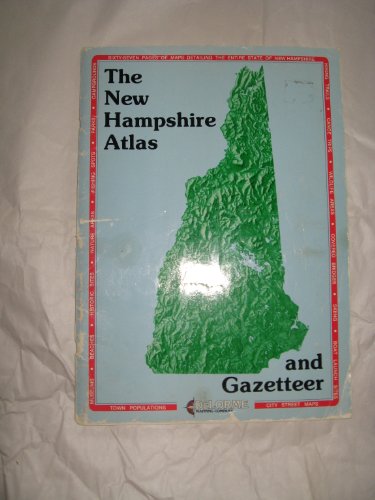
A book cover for The New Hampshire Atlas and Gazetteer (State Atlas & Gazetteer); Travel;